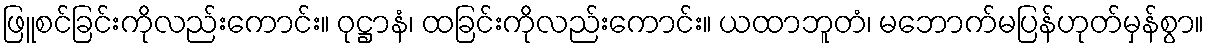
ဖြူစင်ခြင်းကိုလည်းကောင်း။ ဝုဋ္ဌာနံ၊ ထခြင်းကိုလည်းကောင်း။ ယထာဘူတံ၊ မဘောက်မပြန်ဟုတ်မှန်စွာ။